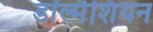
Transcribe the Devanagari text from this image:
डॉल्मैशियन